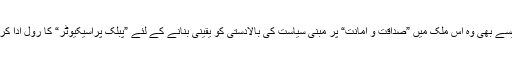
ان دنوں ویسے بھی وہ اس ملک میں ”صداقت و امانت“ پر مبنی سیاست کی بالادستی کو یقینی بنانے کے لئے ”پبلک پراسیکیوٹر“ کا رول ادا کر رہے ہیں۔